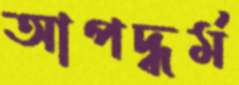
আপদ্‌ধর্ম